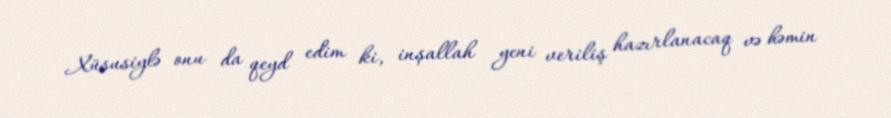
Xüsusiylə onu da qeyd edim ki, inşallah yeni veriliş hazırlanacaq və həmin